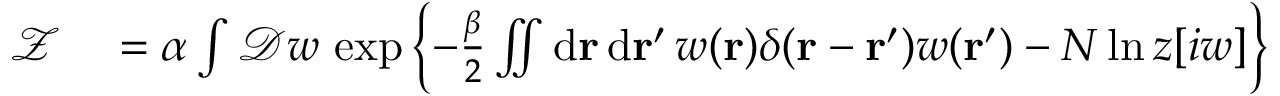
\begin{array} { r l } { \mathcal { Z } } & { { } = \alpha \int \mathcal { D } w \, \exp \left\{ - \frac { \beta } { 2 } \iint \mathrm { d } \mathbf { r } \, \mathrm { d } \mathbf { r } ^ { \prime } \, w ( \mathbf { r } ) \delta ( \mathbf { r } - \mathbf { r } ^ { \prime } ) w ( \mathbf { r } ^ { \prime } ) - N \ln z [ i w ] \right\} } \end{array}